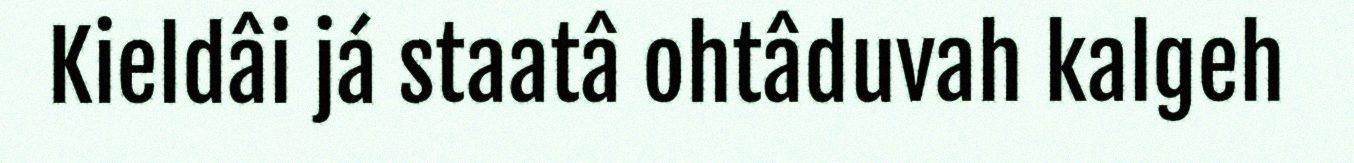
Kieldâi já staatâ ohtâduvah kalgeh